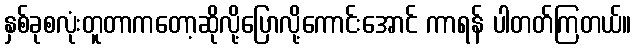
နှစ်ခုစလုံးတူတာကတော့ဆိုလို့ပြောလို့ကောင်းအောင် ကာရန် ပါတတ်ကြတယ်။